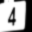
Digit: 4